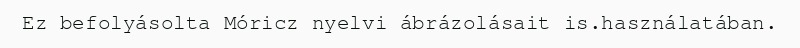
Ez befolyásolta Móricz nyelvi ábrázolásait is.használatában.